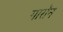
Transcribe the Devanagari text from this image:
गारॉन